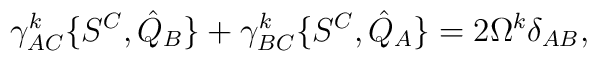
\gamma^k_{AC}\{S^C,{\hat Q}_B\}+\gamma^k_{BC}\{S^C,{\hat Q}_A\}=2\Omega^k\delta_{AB},